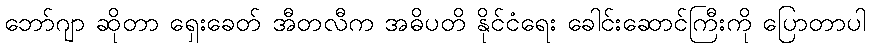
ဘော်ဂျာ ဆိုတာ ရှေးခေတ် အီတလီက အဓိပတိ နိုင်ငံရေး ခေါင်းဆောင်ကြီးကို ပြောတာပါ